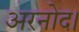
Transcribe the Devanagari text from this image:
अरनोद।